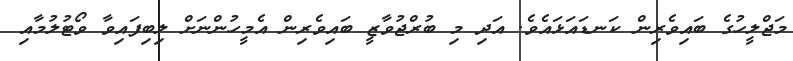
މަޖްލީހުގެ ބައިވެރިން ކަނޑައަޅައެވެ. އަދި މި ބުރްޖުވާޒީ ބައިވެރިން އެމީހުންނަށް ލިބިފައިވާ ވޯޓުލުމާއި